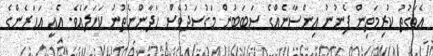
އެވަގުތު ކުރިމަތިން ފެނުނު އިންސާނެއްގެ ސަބަބުން މަގުސަދުވެސް ހަދާންނެތުނު ކަހަލައެވެ. އެއީ އަހަރެންގެ